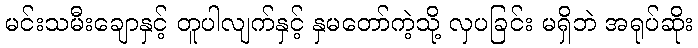
မင်းသမီးချောနှင့် တူပါလျက်နှင့် နှမတော်ကဲ့သို့ လှပခြင်း မရှိဘဲ အရုပ်ဆိုး